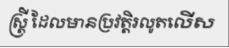
ស្ត្រី ដែលមានប្រវត្តិរលូតលើស